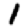
Digit: 1